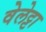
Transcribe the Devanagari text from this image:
वेलेट्टा